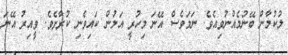
ލުކުމާން ބޭނުމެއްނުވިއެވެ. ނަމަވެސް އޭނަ މިހުރީ އަލުން ކައިވެނި ކުރާށެވެ. ވީއިރު އޭނަ